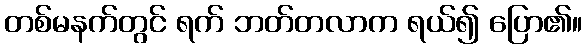
တစ်မနက်တွင် ရက် ဘတ်တလာက ရယ်၍ ပြော၏။